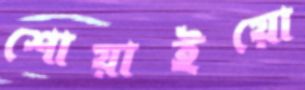
শোয়াইয়ো